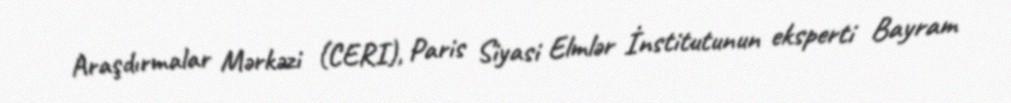
Araşdırmalar Mərkəzi (CERI), Paris Siyasi Elmlər İnstitutunun eksperti Bayram